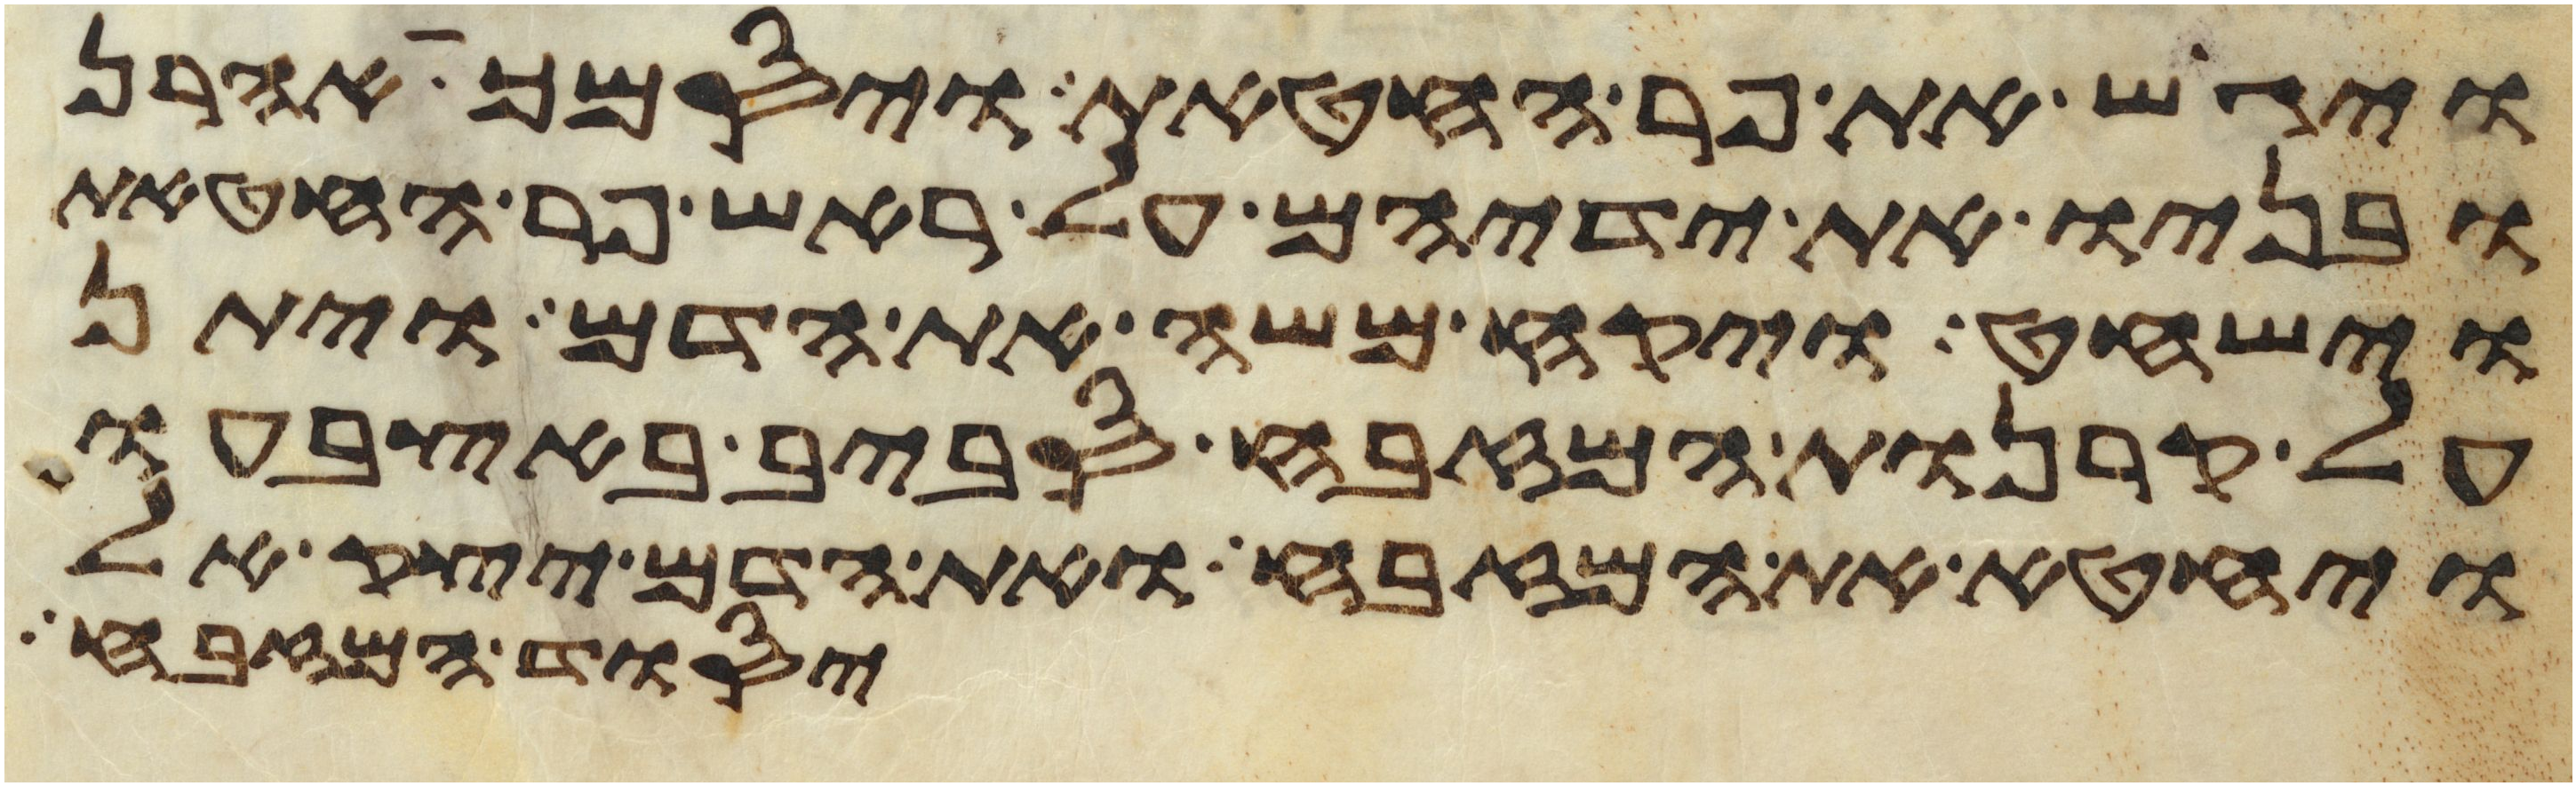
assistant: ויגש את פר החטאת ויסמך אהרן
ובניו את ידיהם על ראש פר החטאת
וישחט ויקח משה את הדם ויתן
על קרנות המזבח סביב באצבעו
ויחטא את המזבח ואת הדם יצק אל
יסוד המזבח